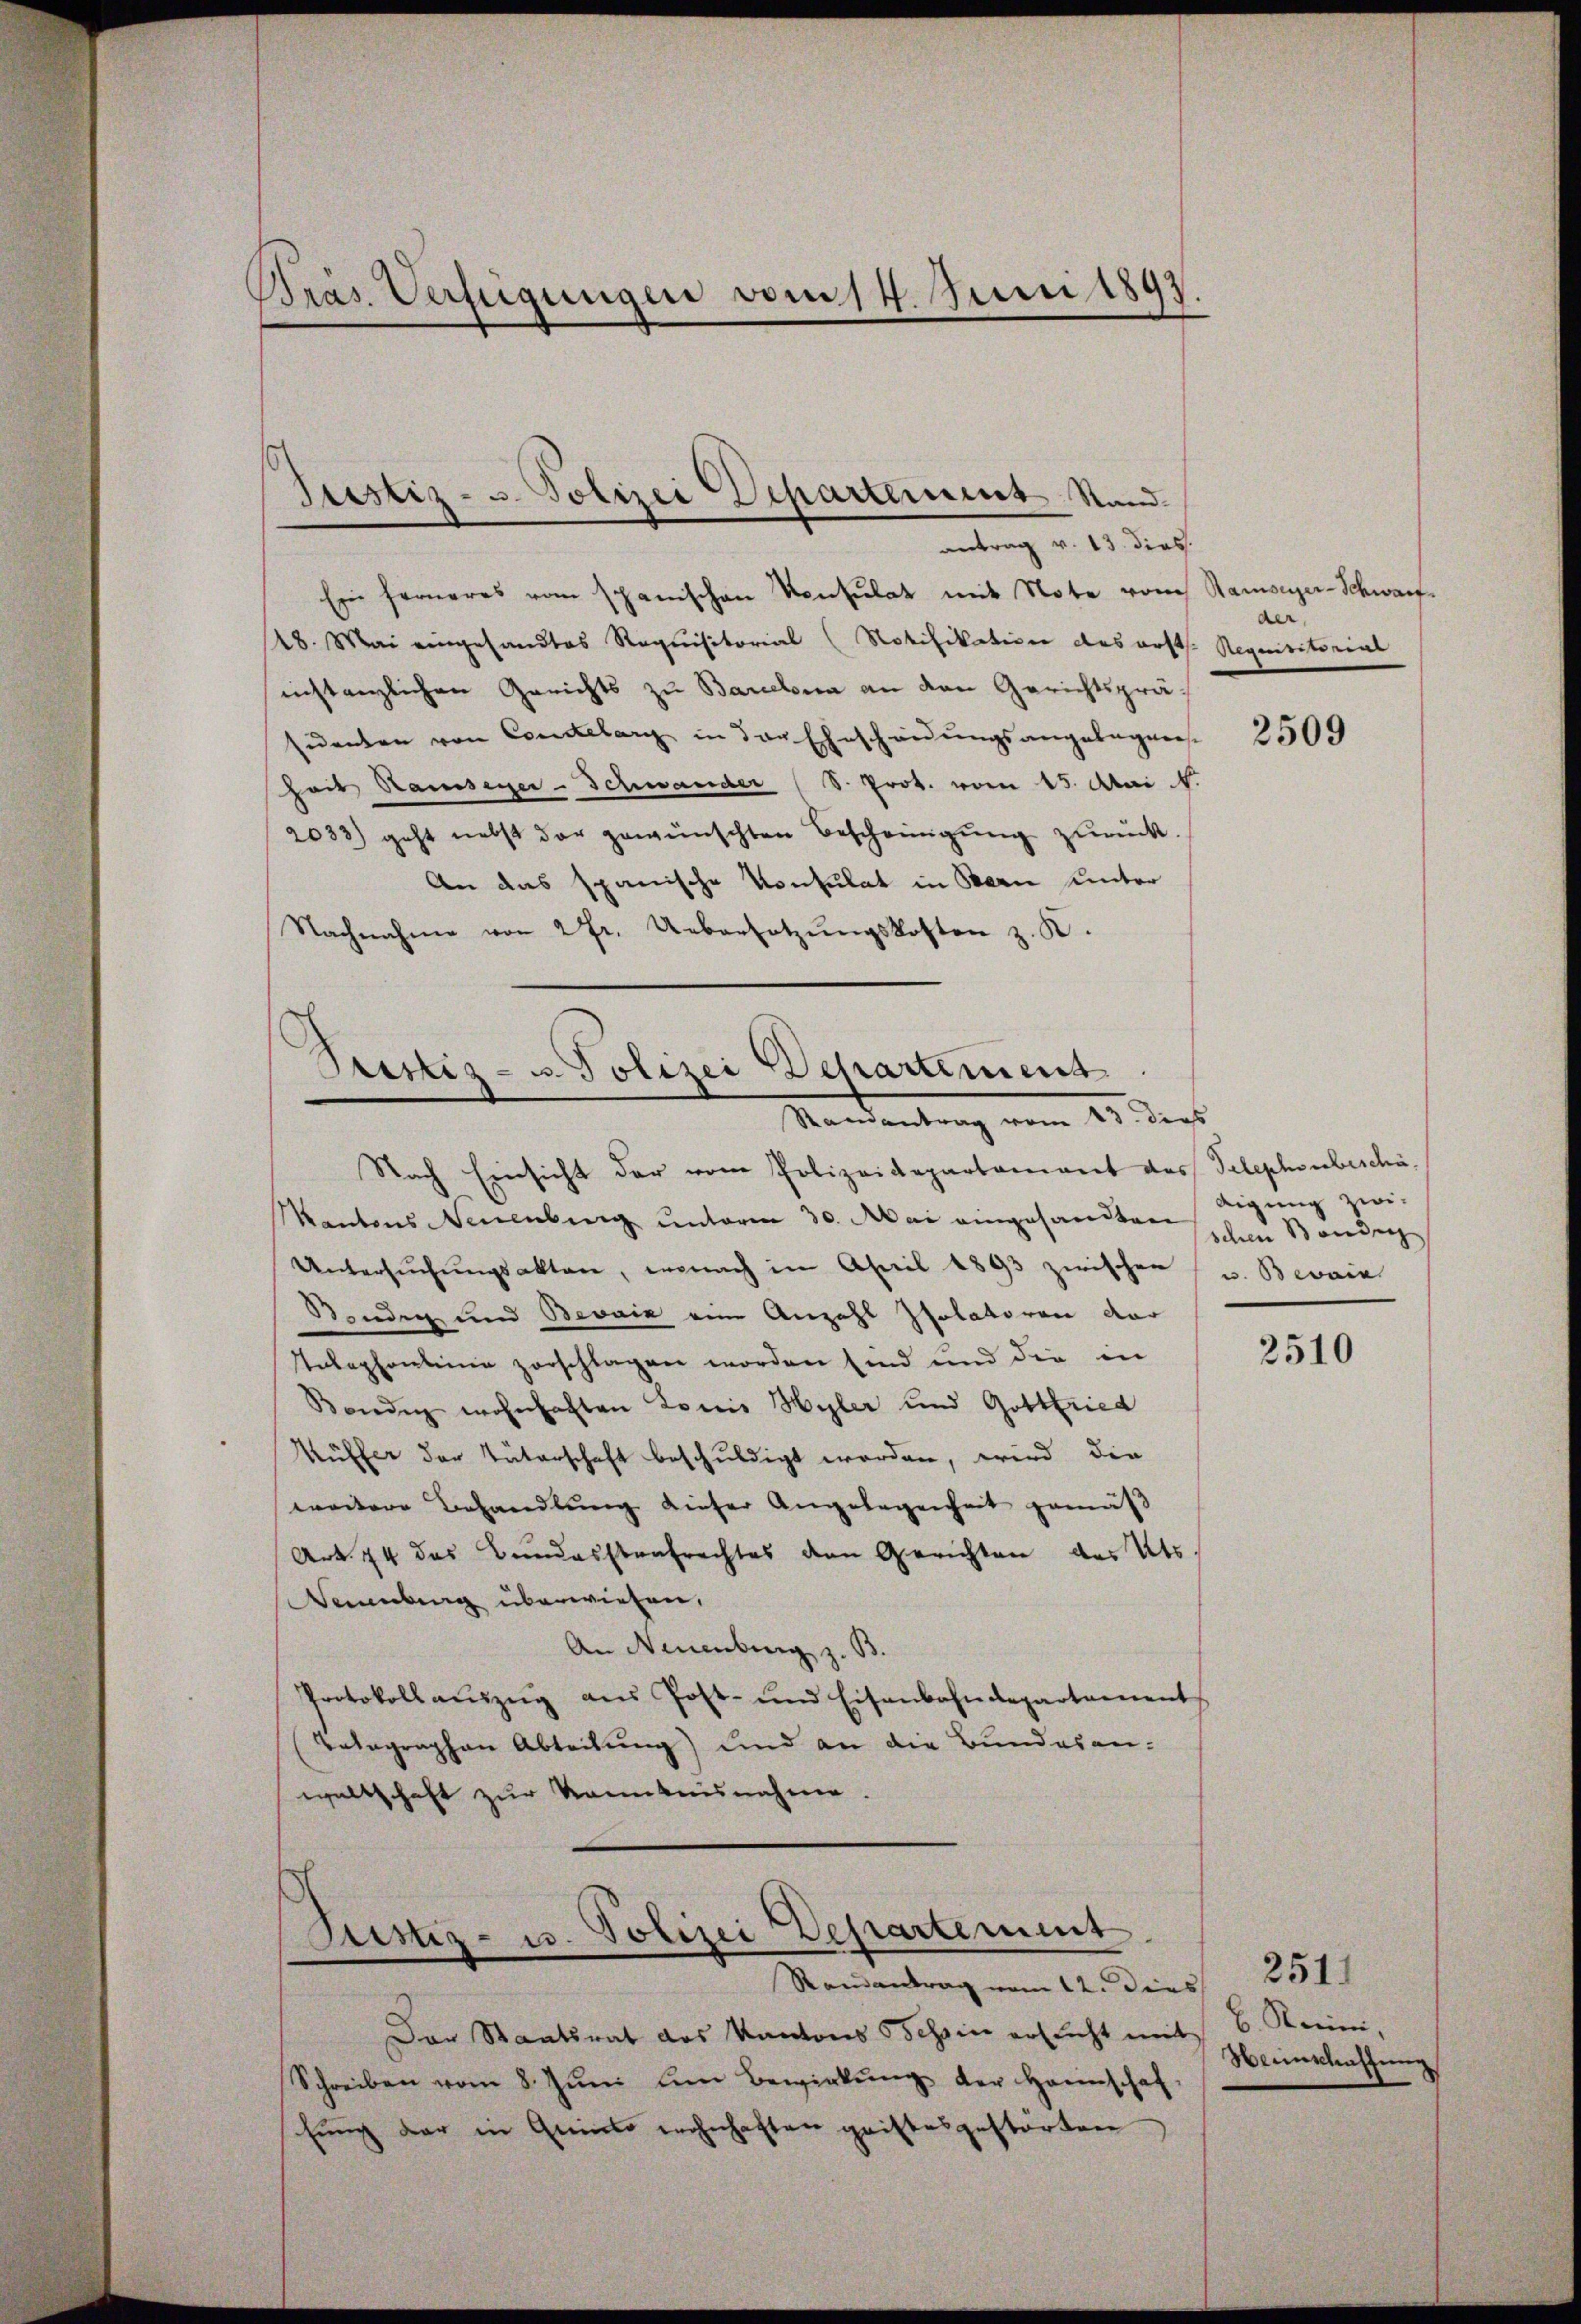
Präs. Verfügungen vom 14. Juni 1897

Justiz- u. Polizei Departement Stand.
antrag v. 13. dies.

Ein ferneres vom Spanischen Konsulat mit Note vom Ramser-Schwarf¬
28. Mai eingesandtes Requisitorial (Notifikation das erstl. Requisitorial
sinstanzlichen Gerichts zu Barcelona an den Gerichtspräsuenten von Conclelary in der Eheschänŭngsangelegens-
hait Ramseger-Schwander (S. Prot. vom 15. Mai 1.
2033) geht nebst der gewünschten Bescheinigung zurück.
An das spanische Konsulat in Bern unter
Nachnahme von 2fr. Uebersetzŭngskosten z. K.

Stistiz- u Polizei Departement
Randantrag vom 13. dies

Nach Einsicht der vom Polizeidepartament das Telephonbeschä¬
Kantons Neuenburg unterm 30. Mai eingesandten schon Ständen
Untersuchungsaktere, ernach in April 1893 zwischen v. Bevain
Senden und Bevaiz eine Anzahl Isolatoren der
Telephontinie zerschlagen worden sind und die in
Bendig wohnhaften Louis Hyler und Gottfried
Müffer der Väterschaft beschuldigt worden, wird die
weitere Behandlŭng dieser Angelegenheit gemäβ
Art. 74 das Bundesstrafrechtes den Gerichten des Kts.
Neuenburg überwiesen,
An Neuenburg z. B.
Protokoll aŭszŭg aŭs Post- und Eisenbahndepartament
Telegraphen Abteilung) und an die Bundesanwaltschaft zur Kenntnisnahme.

Justiz- u. Polizei Departement
Randantrag vom 12. dies

Der Staatsrat des Kantons Tessin auf nicht mit
Schreiben vom 8. Jŭni um Bewirkŭng der Hannschaf-
fŭng der in Guido wohnhaften geistesgestorten

der,

2509

Aigung zwi¬

2510

b. Merini,
Nennschaffung

251)